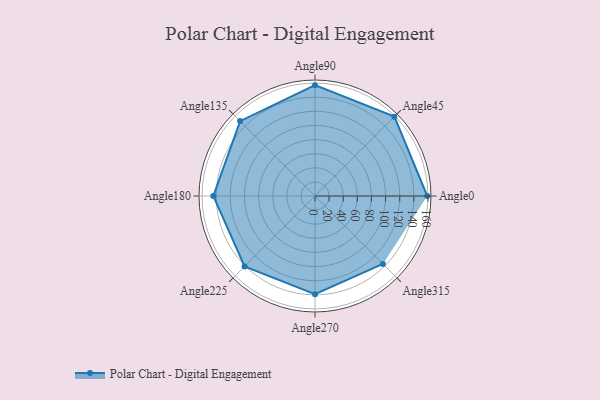
{"axis": {"x": "Angle", "y": "Radius"}, "legend": [""], "data": [{"x": "Angle0", "y": 159.0, "type": ""}, {"x": "Angle45", "y": 159.0, "type": ""}, {"x": "Angle90", "y": 157.0, "type": ""}, {"x": "Angle135", "y": 150.0, "type": ""}, {"x": "Angle180", "y": 144.0, "type": ""}, {"x": "Angle225", "y": 141.0, "type": ""}, {"x": "Angle270", "y": 139.0, "type": ""}, {"x": "Angle315", "y": 136.0, "type": ""}]}